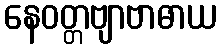
နေဝတ္တဗျာဗာဓာယ